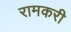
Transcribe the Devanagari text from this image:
रामकरी